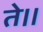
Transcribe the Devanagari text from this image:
ते।।